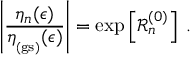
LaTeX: \left| \frac { \eta _ { n } ( \epsilon ) } { \eta _ { _ \mathrm { ( g s ) } } ( \epsilon ) } \right| = \exp \left[ { \mathcal R } _ { n } ^ { ( 0 ) } \right] \; .